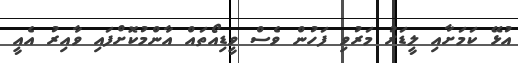
އުޅޭ ކަމަށާއި ލީޑަރު މަރުވި ފަހުން ވެސް ވީޑިއޯތައް އާންމުކޮށްފައި ވާއިރު އެއީ